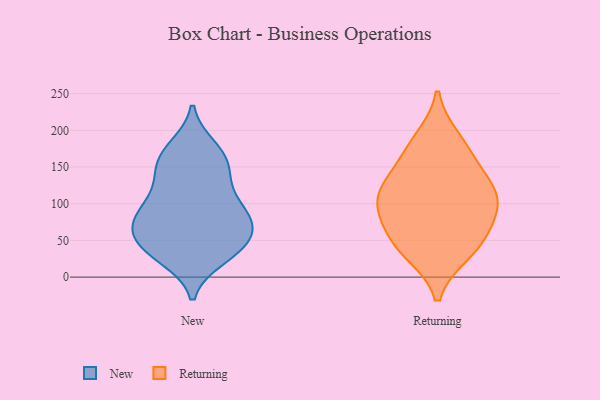
{"axis": {"x": "Active Users", "y": "Value"}, "legend": ["New", "Returning"], "data": [{"x": "", "y": 86, "type": "New"}, {"x": "", "y": 137, "type": "New"}, {"x": "", "y": 49, "type": "New"}, {"x": "", "y": 84, "type": "New"}, {"x": "", "y": 38, "type": "New"}, {"x": "", "y": 105, "type": "New"}, {"x": "", "y": 164, "type": "New"}, {"x": "", "y": 132, "type": "New"}, {"x": "", "y": 92, "type": "New"}, {"x": "", "y": 64, "type": "New"}, {"x": "", "y": 64, "type": "New"}, {"x": "", "y": 151, "type": "New"}, {"x": "", "y": 87, "type": "New"}, {"x": "", "y": 64, "type": "New"}, {"x": "", "y": 176, "type": "New"}, {"x": "", "y": 37, "type": "New"}, {"x": "", "y": 34, "type": "New"}, {"x": "", "y": 27, "type": "New"}, {"x": "", "y": 168, "type": "New"}, {"x": "", "y": 105, "type": "Returning"}, {"x": "", "y": 67, "type": "Returning"}, {"x": "", "y": 173, "type": "Returning"}, {"x": "", "y": 100, "type": "Returning"}, {"x": "", "y": 118, "type": "Returning"}, {"x": "", "y": 188, "type": "Returning"}, {"x": "", "y": 33, "type": "Returning"}, {"x": "", "y": 37, "type": "Returning"}, {"x": "", "y": 123, "type": "Returning"}, {"x": "", "y": 54, "type": "Returning"}, {"x": "", "y": 147, "type": "Returning"}, {"x": "", "y": 92, "type": "Returning"}]}